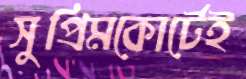
সুপ্রিমকোর্টেই